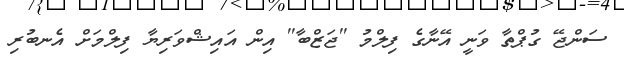
ސަންޖޭ ގުޕްތާ ވަނީ އޭނާގެ ފިލްމު ''ޖަޒްބާ'' އިން އައިޝްވަރިޔާ ފިލްމަށް އެނބުރި